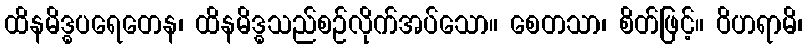
ထိနမိဒ္ဓပရေတေန၊ ထိနမိဒ္ဓသည်စဉ်လိုက်အပ်သော။ စေတသာ၊ စိတ်ဖြင့်။ ဝိဟရာမိ၊